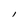
Character: I